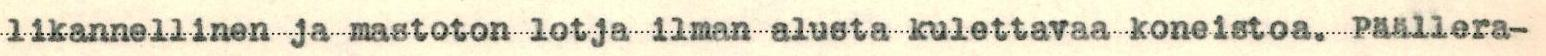
likannellinen ja mastoton lotja ilman alusta kulettavaa koneistoa. Päällera-